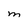
Character: M